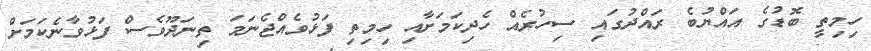
ހިމިތީ ބޮޑުގެ އައްޔުބެ ރައްދުގައި ސިހުރެއް ހެދިކަމަށާއި ހިމިތި ފަޅުވެއްޖެނަމަ ތިނަދޫވެސް ފަޅުވާނެކަމަށް